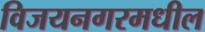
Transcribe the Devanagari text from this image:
विजयनगरमधील